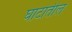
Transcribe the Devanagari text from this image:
घाटांतील